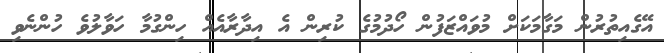
އޭގެއިތުރުން މަގާމަކަށް މުވައްޒަފުން ހޯދުމުގެ ކުރިން އެ އިދާރާއެއް ހިންގުމާ ހަވާލުވެ ހުންނެވި